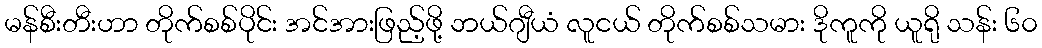
မန်စီးတီးဟာ တိုက်စစ်ပိုင်း အင်အားဖြည့်ဖို့ ဘယ်ဂျီယံ လူငယ် တိုက်စစ်သမား ဒိုကူကို ယူရို သန်း ၆၀